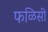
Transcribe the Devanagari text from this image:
फळिसी